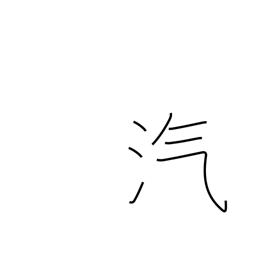
Meaning: vapor